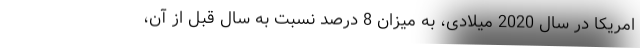
امریکا در سال 2020 میلادی، به میزان 8 درصد نسبت به سال قبل از آن،